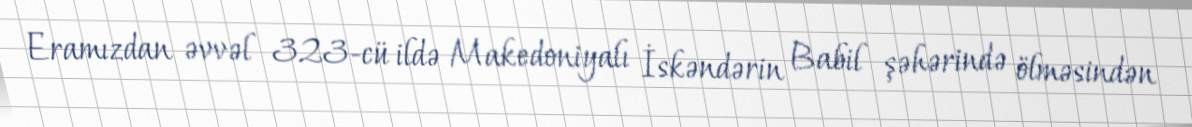
Eramızdan əvvəl 323-cü ildə Makedoniyalı İskəndərin Babil şəhərində ölməsindən